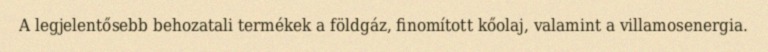
A legjelentősebb behozatali termékek a földgáz, finomított kőolaj, valamint a villamosenergia.